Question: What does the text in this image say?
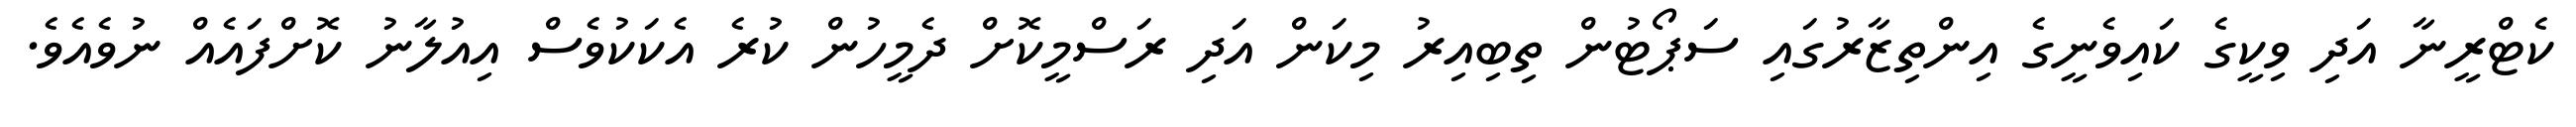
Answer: ކެޓްރީނާ އަދި ވިކީގެ ކައިވެނީގެ އިންތިޒާރުގައި ސަޕޯޓުން ތިބިއިރު މިކަން އަދި ރަސްމީކޮށް ދެމީހުން ކުރެ އެކަކުވެސް އިއުލާނު ކޮށްފައެއް ނުވެއެވެ.